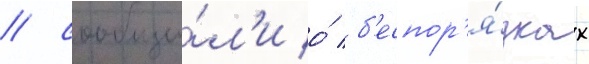
/ сообщи́л'и о́ б'еспор'я́дках